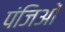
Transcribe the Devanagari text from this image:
पंजिओं